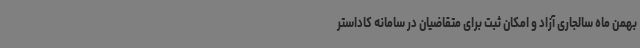
بهمن ماه سالجاری آزاد و امکان ثبت برای متقاضیان در سامانه کاداستر